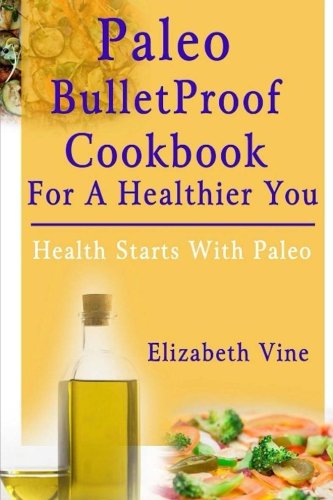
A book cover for Paleo Bulletproof Cookbook For A Healthier You: Health Starts With Paleo; Elizabeth Vine; Children's Books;